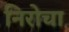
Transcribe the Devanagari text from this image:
निरोचा